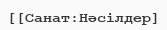
[[Санат:Нәсілдер]